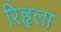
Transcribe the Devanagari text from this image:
रिहृला